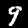
Label: 9